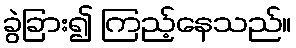
ခွဲခြား၍ ကြည့်နေသည်။